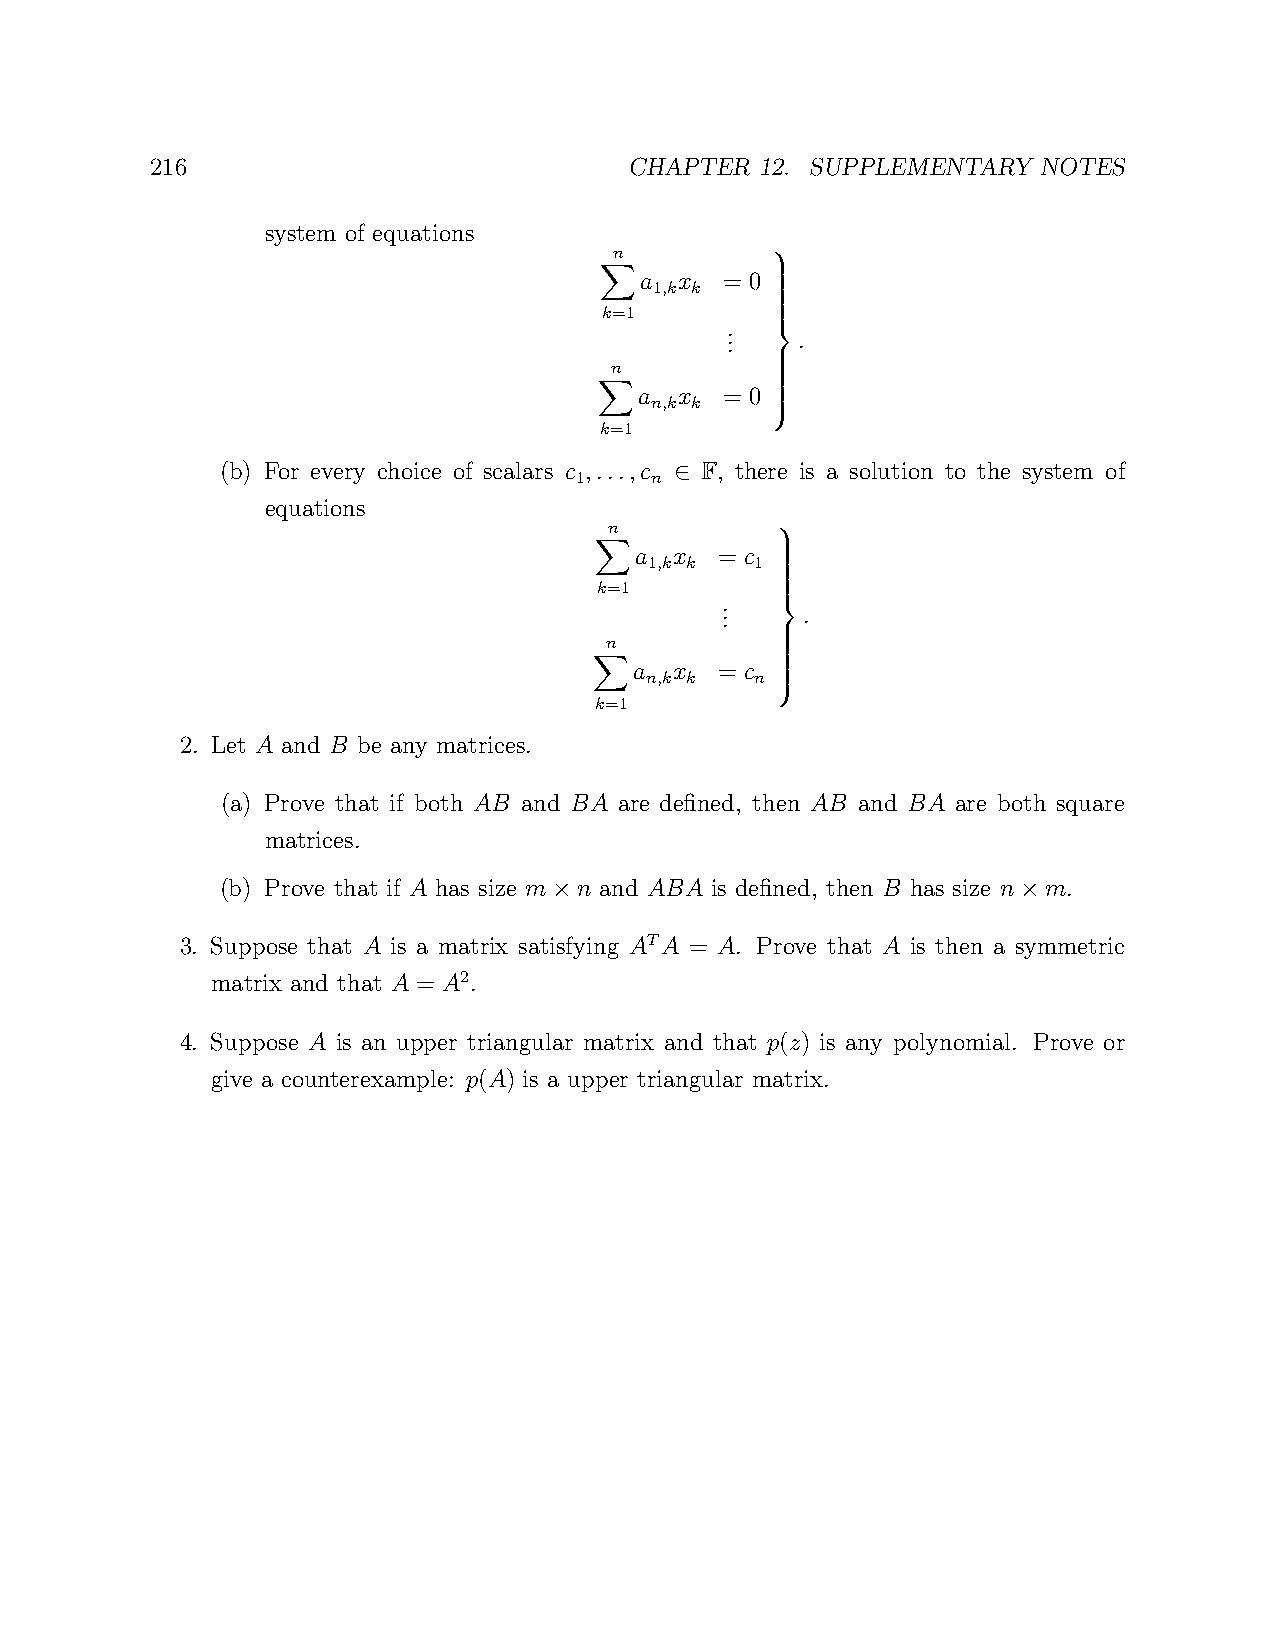
216                             CHAPTER 12. SUPPLEMENTARY  NOTES
 system of equations
 n
 a  x  = 0
 1,k k
 k=1        
 X       .
 . .   .
 
 
 n          
 
 a  x  = 0
 n,k k
 
 k=1        
 X           
 
 
 (b) For every choice of scalars c ,...,c F, there is a solution to the system of
 1    n
 ∈
 equations
 n
 a  x  = c
 1,k k  1
 k=1        
 X        .
 . .   .
 
 
 n          
 
 a  x  = c
 n,k k  n
 
 k=1         
 X           
 
 
 
 2. Let A and B be any matrices.        
 (a) Prove that if both AB and BA are defined, then AB and BA are both square
 matrices.
 (b) Prove that if A has size m n and ABA is defined, then B has size n m.
 ×                             ×
 3. Suppose that A is a matrix satisfying ATA = A. Prove that A is then a symmetric
 matrix and that A = A2.
 4. Suppose A is an upper triangular matrix and that p(z) is any polynomial. Prove or
 give a counterexample: p(A) is a upper triangular matrix.